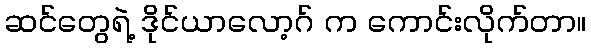
ဆင်တွေရဲ့ ဒိုင်ယာလော့ဂ် က ကောင်းလိုက်တာ။